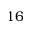
1 6